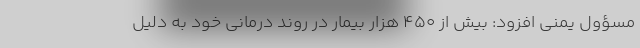
مسؤول یمنی افزود: بیش از ۴۵۰ هزار بیمار در روند درمانی خود به دلیل